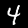
Digit: 4